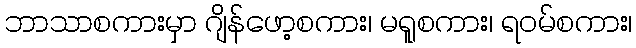
ဘာသာစကားမှာ ဂျိန်ဖော့စကား၊ မရူစကား၊ ရဝမ်စကား၊